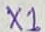
Text: X1